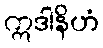
ဣဒါနိဟံ